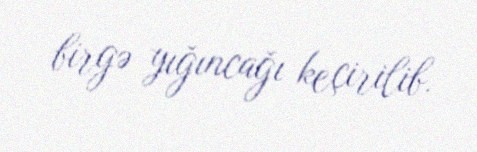
birgə yığıncağı keçirilib.